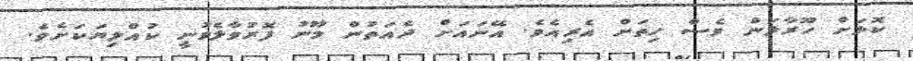
ކޮޅަށް ހޫރާލަން ވެސް ހިތަށް އެރިއެވެ. އޭނައަށް ދެއަތުން މޫނު ފޮރުވާލެވުނީ ކުއްލިޔަކަށެވެ.